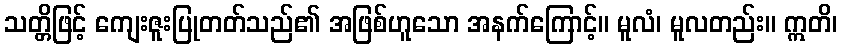
သတ္တိဖြင့် ကျေးဇူးပြုတတ်သည်၏ အဖြစ်ဟူသော အနက်ကြောင့်။ မူလံ၊ မူလတည်း။ ဣတိ၊